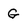
Character: G